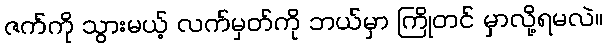
ဇက်ကို သွားမယ့် လက်မှတ်ကို ဘယ်မှာ ကြိုတင် မှာလို့ရမလဲ။